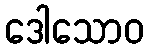
ဒေါသောဝ